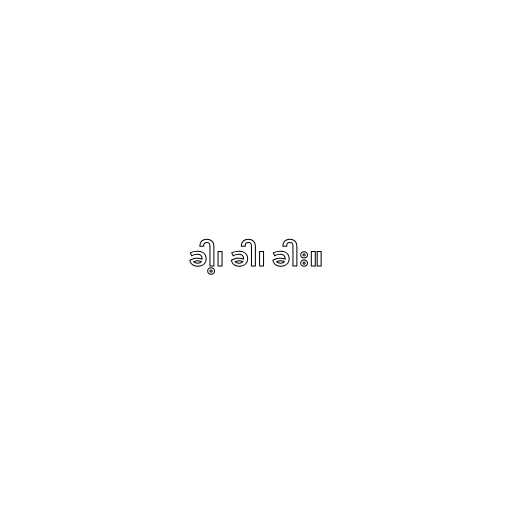
ခါ့၊ ခါ၊ ခါး။